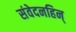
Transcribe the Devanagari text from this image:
संवेदनहिन्